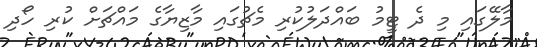
މާލޭގައި މި ދެ ޓީމު ބައްދަލުކުރި މެޗުގައި މާޒިޔާގެ މައްޗަށް ކުރި ހޯދި